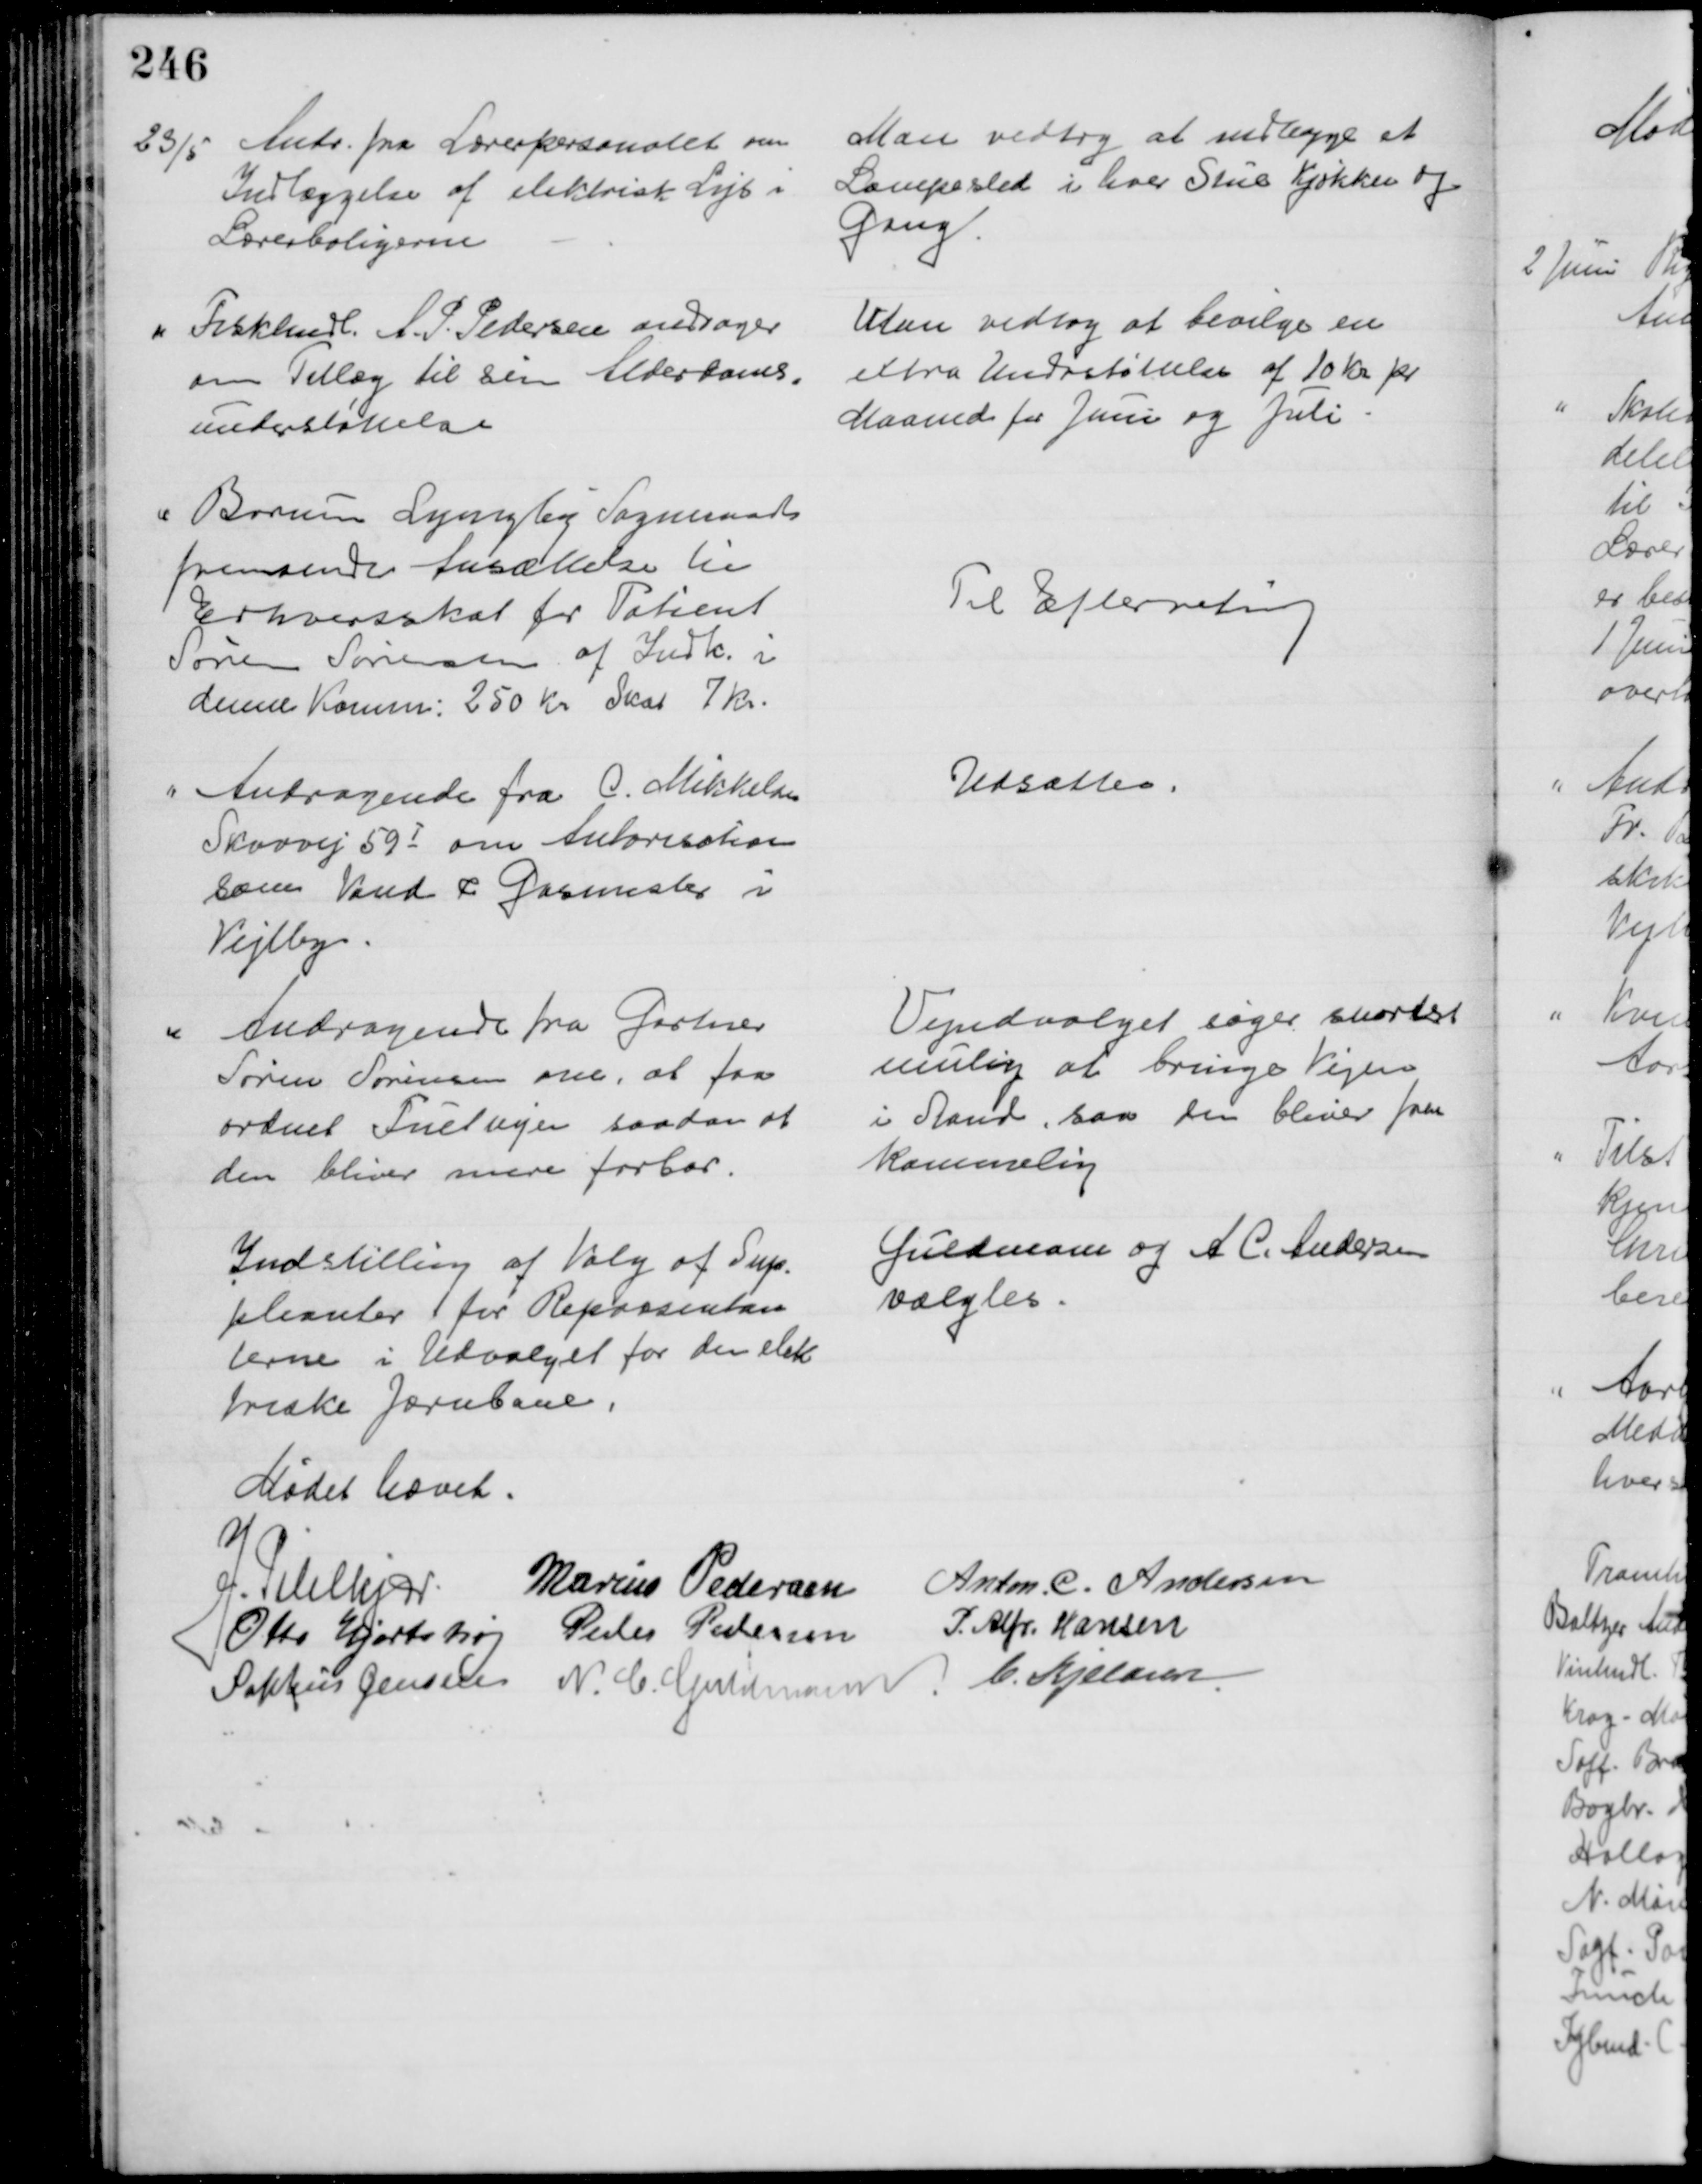
Transskription:
23/5 Andr. fra Lærerpersonalet om
Indlæggelse af elektrisk Lys i
Lærerboligerne
Man vedtog at indlægge et 
Lampested i hver Stue Kjøkken og
Gang
Fiskhndl. A. P. Pedersen andrager
om Tillæg til sin Alderdoms=
understøttelse
Man vedtog at bevilge en 
extra Understøttelse af 10 Kr pr
Maaned for Juni og Juli
Borum Lyngby Sogneraad
fremsender Ansættelse til
Erhvervsskat for Patient
Søren Sørensen af Indk. i
denne Komm: 250 Kr Skat 7 Kr.
Til Efterretning
Andragende fra C. Mikkelsen
Skovvej 59I om Autorisation
som Vand & Gasmester i
Vejlby
Udsattes.
Andragende fra Gartner
Søren Sørensen om, at faa
ordnet Fuetvejen saadan at
den bliver mere farbar.
Vejudvalget søger snarest
mulig at bringe Vejen
i Stand, saa den bliver frem
kommelig
Indstilling af Valg af Sup-
pleanter for Repræsentan
terne i Udvalget for den elek
triske Jernbane.
Guldmann og A. C. Andersen
valgtes.
Mødet hævet.
J. Pihlkjær
Marius Pedersen
Anton. C. Andersen
Otto Hjortshøj
Peder Pedersen
P. Alfr. Hansen
Sophus Jensen
N. C. Guldmann C. Kjeldsen